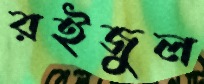
রইজুল